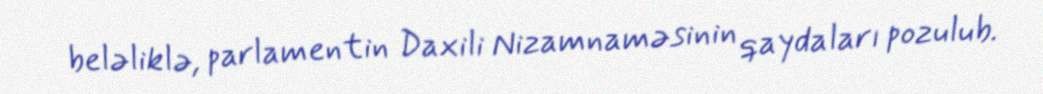
beləliklə, parlamentin Daxili Nizamnaməsinin qaydaları pozulub.